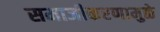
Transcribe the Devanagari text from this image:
समाजीकरणामुळे